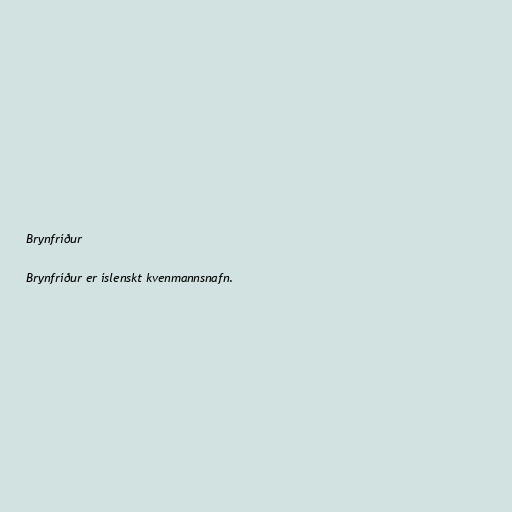
Brynfríður

Brynfríður er íslenskt kvenmannsnafn.